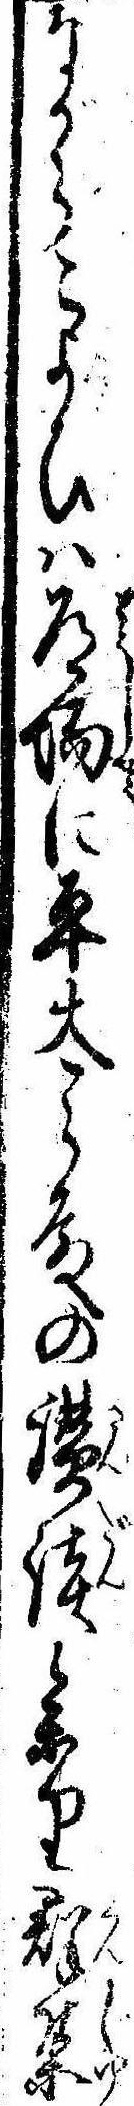
ながらこよひは道場に平太郎殿の讃談参り群集